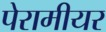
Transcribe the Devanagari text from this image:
पेरामीयर